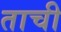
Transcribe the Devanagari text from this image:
ताची